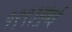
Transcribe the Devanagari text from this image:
१९९३मुंबई